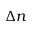
\Delta n